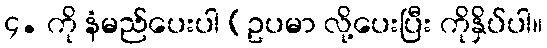
၄. ကို နံမည်ပေးပါ (ဥပမာ လို့ပေးပြီး ကိုနှိပ်ပါ။